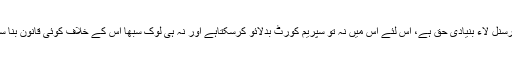
ایک تو پرسنل لاء بنیادی حق ہے، اس لئے اس میں نہ تو سپریم کورٹ بدلائو کرسکتاہے اور نہ ہی لوک سبھا اس کے خلاف کوئی قانون بنا سکتا ہے ۔